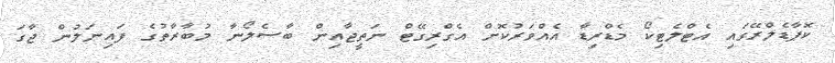
ކޮޕާޑެލްރޭގައި އެޓްލެޓިކޯ މެޑްރިޑާ އެއްވަރުކޮށް އެގްރިގޭޓް ނަތީޖާއިން ބާސެލޯނާ މުބާރާތުގެ ފައިނަލުން ޖާގަ